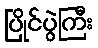
ပြိုင်ပွဲကြီး